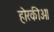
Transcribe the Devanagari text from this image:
होरकीओ